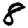
Digit: 8